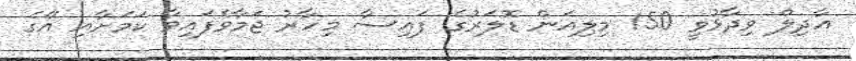
އާދިލް ވިދާޅުވީ 150 މިލިއަން ޑޮލަރުގެ ފައިސާ މިހާރު ޖަމާވެފައިވާ ކަމަށާއި އޭގެ